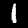
Label: 1